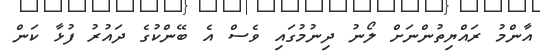
އާންމު ރައްޔިތުންނަށް ލޯނު ދިނުމުގައި ވެސް އެ ބޭންކުގެ ދައުރު ފުޅާ ކަން